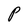
Character: P